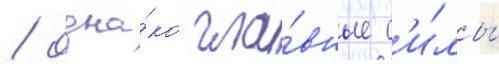
/ одна́ко гла́вные с'и́лы